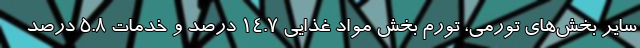
سایر بخش‌های تورمی، تورم بخش مواد غذایی ۱۴.۷ درصد و خدمات ۵.۸ درصد